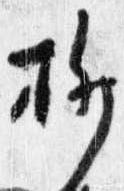
柳